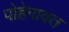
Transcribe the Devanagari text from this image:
पोहेगावत